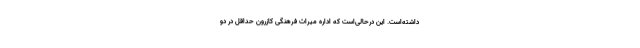
داشته‌است. این درحالی‌است که اداره میراث فرهنگی کازرون حداقل در دو